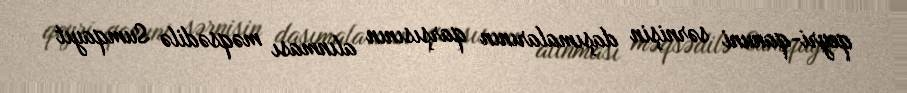
qeyri-qanuni sərnişin daşımalarının qarşısının alınması məqsədilə Sumqayıt